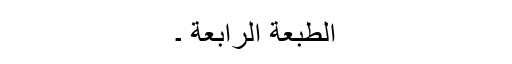
الطبعة الرابعة ۔